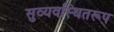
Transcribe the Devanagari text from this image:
सुव्यवस्थितरूप